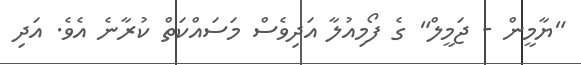
"ޔާމީން - ޖަމީލް" ގެ ފޯމިއުލާ އަދިވެސް މަސައްކަތް ކުރާނެ އެވެ. އަދި